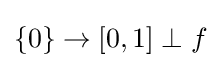
\{0\}\to [0,1]\perp f